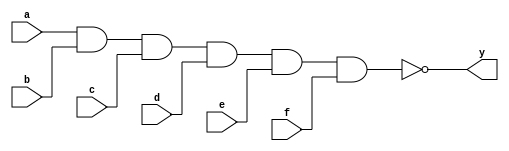
module xup_nand6 #(parameter DELAY = 3)(
    input a,
    input b,
    input c,
    input d,
    input e,
    input f,
    output y
    );
    
    nand #DELAY (y,a,b,c,d,e,f);
    
endmodule